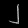
Digit: ၂